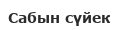
Сабын сүйек